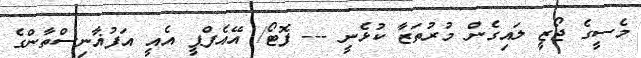
މެސީގެ ޖޯޒީ ލައިގެން މުރުތަޒާ ކުޅެނީ --- ފޮޓޯ/ އޭއެފްޕީ އެއީ އަފުޣާނިސްތާންގެ